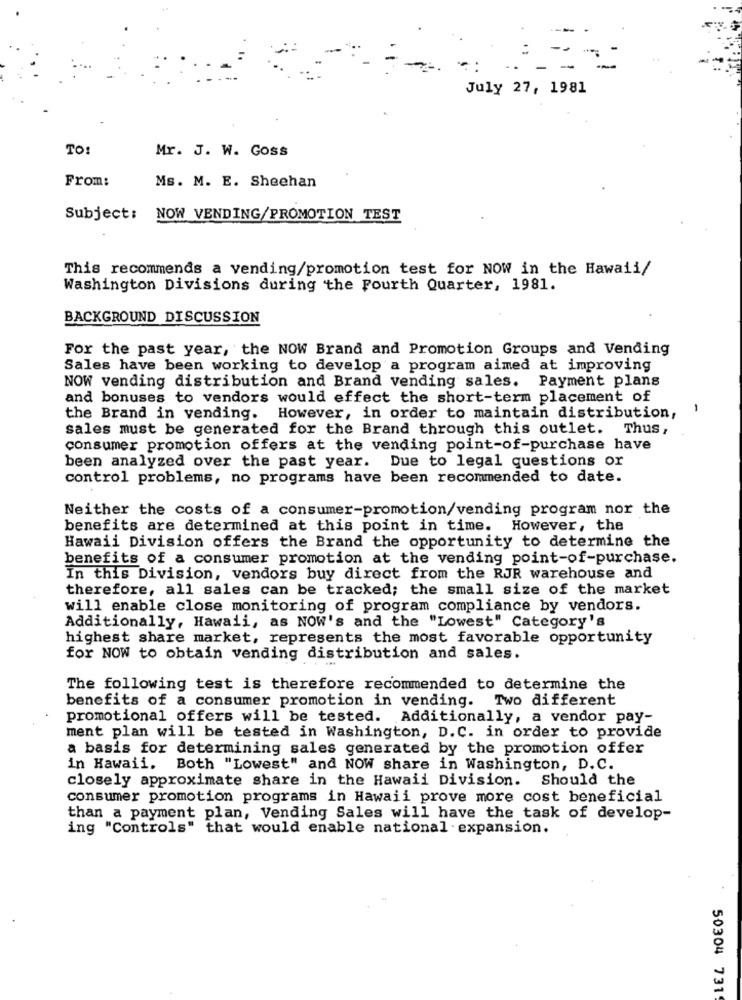
July 27, 1981
TO:
Mr. J. W. Goss
From:
Ms. M. E. Sheehan
Subject: NOW VENDING/PROMOTION TEST
This recommends a vending/promotion test for NOW in the Hawaii/
Washington Divisions during the Fourth Quarter, 1981.
BACKGROUND DISCUSSION
For the past year, the NOW Brand and Promotion Groups and Vending
Sales have been working to develop a program aimed at improving
NOW vending distribution and Brand vending sales. Payment plans
and bonuses to vendors would effect the short-term placement of
-
the Brand in vending. However, in order to maintain distribution,
sales must be generated for the Brand through this outlet. Thus,
consumer promotion offers at the vending point-of-purchase have
Due to legal questions or
been analyzed over the past year.
control problems, no programs have been recommended to date.
Neither the costs of a consumer-promotion/vending program nor the
benefits are determined at this point in time. However, the
Hawaii Division offers the Brand the opportunity to determine the
benefits of a consumer promotion at the vending point-of-purchase.
In this Division, vendors buy direct from the RJR warehouse and
therefore, all sales can be tracked; the small size of the market
will enable close monitoring of program compliance by vendors.
Additionally, Hawaii, as NOW's and the "Lowest" Category's
highest share market, represents the most favorable opportunity
for NOW to obtain vending distribution and sales.
The following test is therefore recommended to determine the
benefits of a consumer promotion in vending. Two different
promotional offers will be tested. Additionally, a vendor pay-
ment plan will be tested in Washington, D.C. in order to provide
a basis for determining sales generated by the promotion offer
in Hawaii. Both "Lowest" and NOW share in Washington, D. C.
closely approximate share in the Hawaii Division. Should the
consumer promotion programs in Hawaii prove more cost beneficial
than a payment plan, Vending Sales will have the task of develop-
ing "Controls" that would enable national - expansion.
50304 731